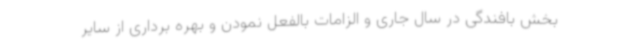
بخش بافندگی در سال جاری و الزامات بالفعل نمودن و بهره برداری از سایر